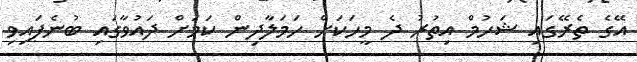
އޭގެ ތެރޭގައި ޝަހުމް އިތުރު ދެ މީހަކަށް ހަމަލާދިން ކަމަށް ދައުވާގައި ބުނެފައިވި